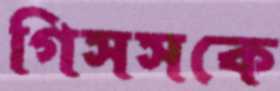
গিসসকে